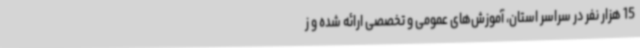
15 هزار نفر در سراسر استان، آموزش‌های عمومی و تخصصی ارائه شده و ز